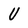
Character: U